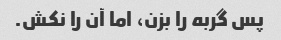
پس گربه را بزن، اما آن را نکش.